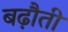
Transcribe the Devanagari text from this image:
बढ़ौती